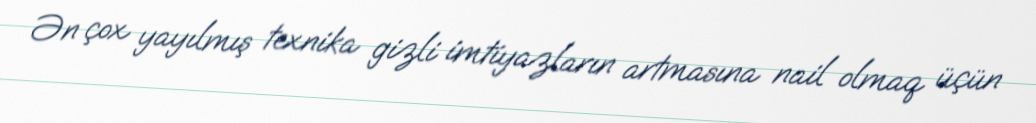
Ən çox yayılmış texnika gizli imtiyazların artmasına nail olmaq üçün